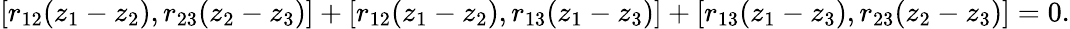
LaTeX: [r_{12}(z_{1}-z_{2}),r_{23}(z_{2}-z_{3})]+[r_{12}(z_{1}-z_{2}),r_{13}(z_{1}-z_{3})]+[r_{13}(z_{1}-z_{3}),r_{23}(z_{2}-z_{3})]=0.